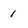
Character: 1